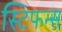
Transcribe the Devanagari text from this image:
स्टिफन्स